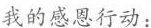
我的感恩行动：